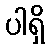
ပါရှိ